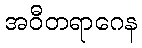
အဝီတရာဂေန